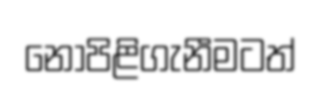
නොපිළිගැනීමටත්